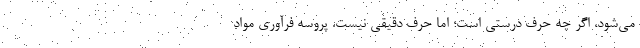
می‌شود، اگر چه حرف درستی است؛ اما حرف دقیقی نیست. پروسه فرآوری مواد